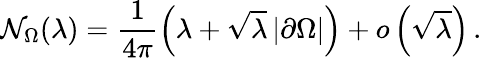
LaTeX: \mathcal{N}_{\Omega}(\lambda)=\frac{1}{4\pi}\left(\lambda+\sqrt{\lambda}\, |\partial\Omega|\right)+o\left(\sqrt{\lambda}\right)\, .